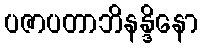
ပဇာပတာဘိနန္ဒိနော